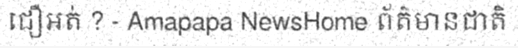
ជឿអត់ ? - Amapapa NewsHome ព័ត៌មានជាតិ